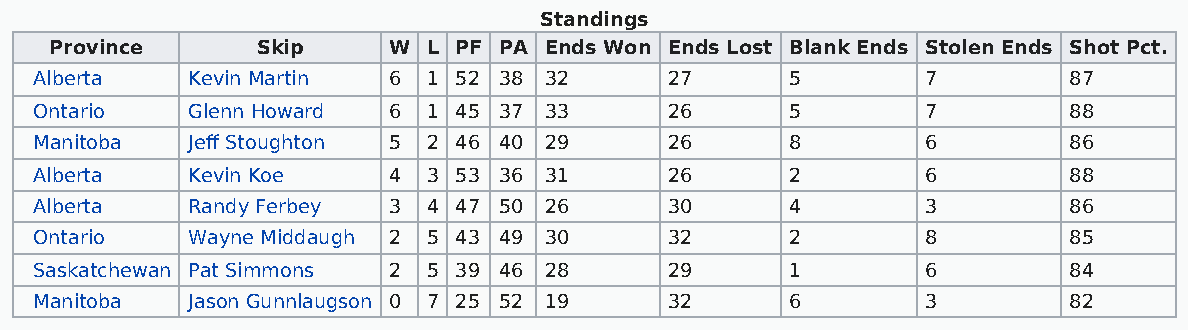
Standings
 Province      Skip     W L PF PA Ends Won Ends Lost Blank Ends Stolen Ends Shot Pct.
 Alberta   Kevin Martin  6 1 52 38 32      27      5        7         87
 Ontario   Glenn Howard  6 1 45 37 33      26      5        7         88
 Manitoba  Jeff Stoughton 5 2 46 40 29     26      8        6         86
 Alberta   Kevin Koe     4 3 53 36 31      26      2        6         88
 Alberta   Randy Ferbey  3 4 47 50 26      30      4        3         86
 Ontario   Wayne Middaugh 2 5 43 49 30     32      2        8         85
 Saskatchewan Pat Simmons 2 5 39 46 28     29      1        6         84
 Manitoba  Jason Gunnlaugson 0 7 25 52 19  32      6        3         82